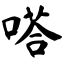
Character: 嗒